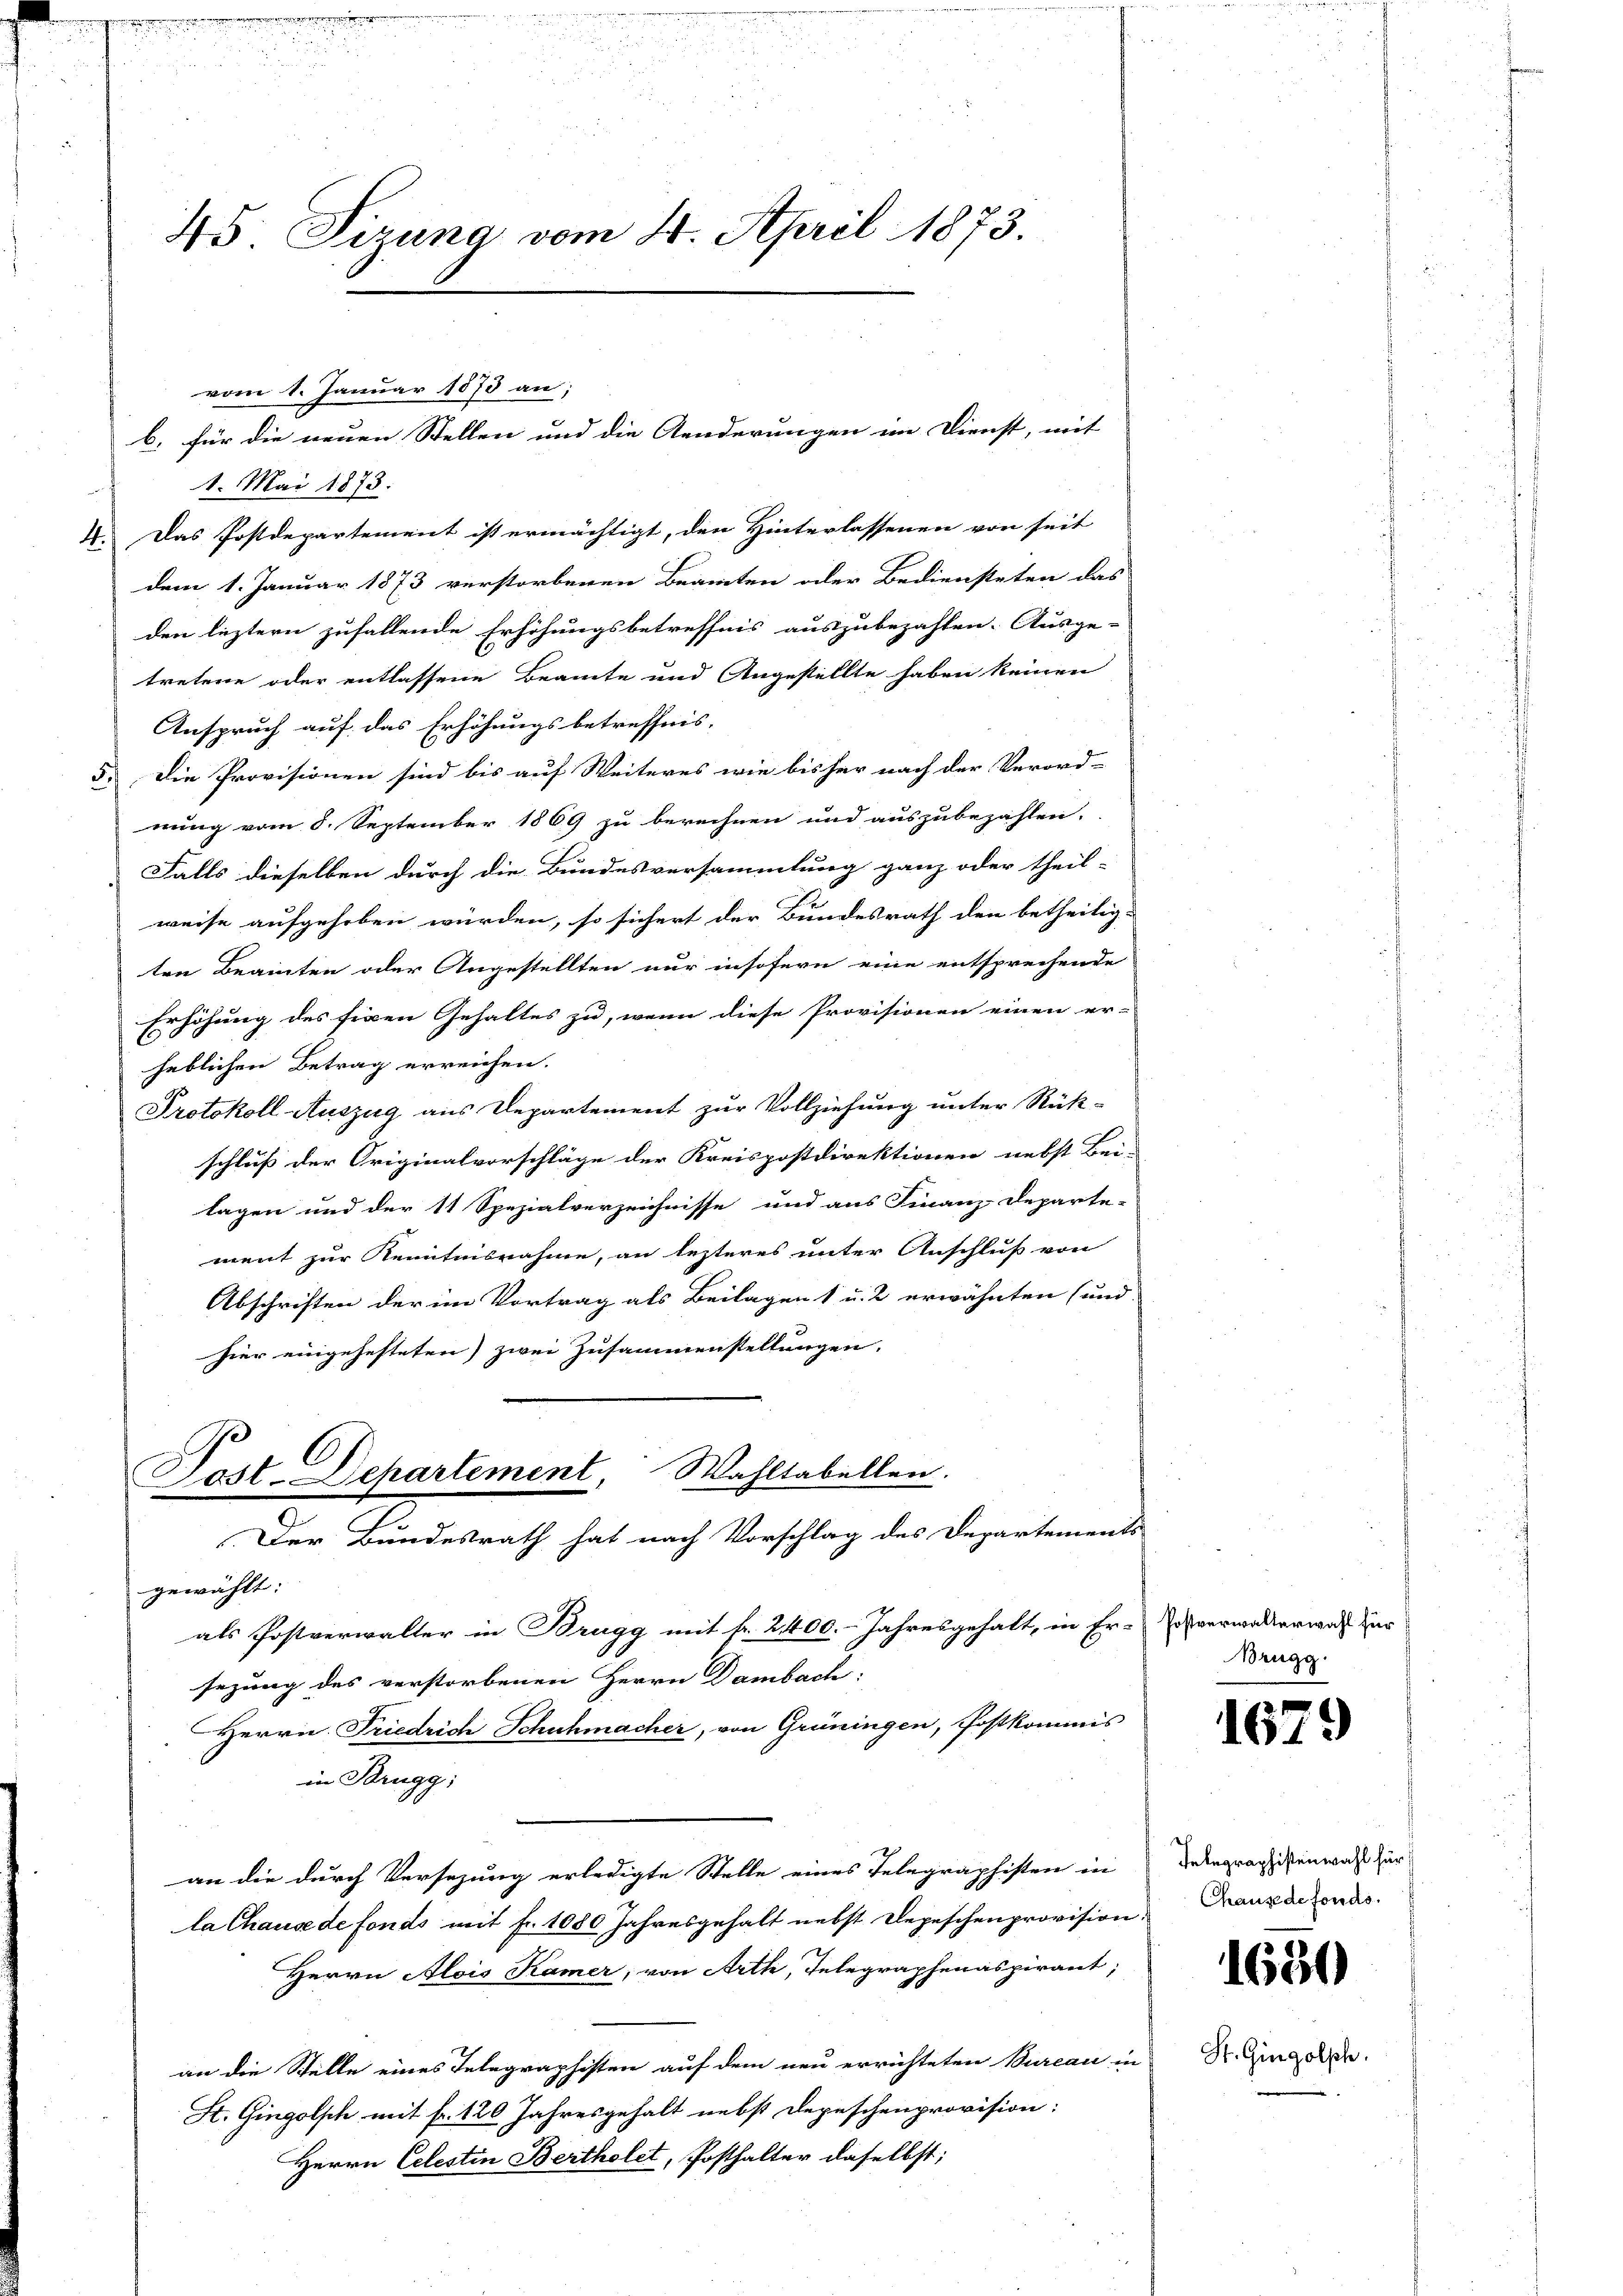
45 Sizung vom 24. April 1873

vom 1. Januar 1873 an;
1. Mai 1873.
4. Das Postdepartement ist ermächtigt, den Hinterlassenen von seit
dem 1. Januar 1873 verstorbenen Beamten oder Bediensteten das
den leztern zufallende Erhöhungsbetreffnis auszubezahlen. Ausge-
tretene oder entlassene Beamte und Angestellte haben keinen
Anspruch auf das Erhöhungsbetreffnis-
5. Die Provisionen sind bis auf Weiteres wie bisher nach der Verord-
nung vom 8. September 1869 zu berechnen und auszubezahlen.
Falls dieselben durch die Bundesversammlung ganz oder theil-
weise aufgehoben würden, so sichert der Bundesrath den betheilig-
ten Beamten oder Angestellten nur insofern eine entsprechende
Erhöhung des fixen Gehaltes zu, wenn diese Provisionen einen er-
heblichen Betrag erreichen.
Protokoll Auszug aus Departement zur Vollziehung unter Rück-
schluß der Originalvorschläge der Kreispostdirektionen nebst Bei-
lagen und der 11 Spezialverzeichnisse und aus Finanz-Departe-
ment zur Kenntnisnahme, an lezteres unter Anschluß von
Abschriften der im Vortrag als Beilagen 1 u. 2 erwähnten (und
hier eingehefteten zwei Zusammenstellungen.
Post-Departement Wahltabellen.
Der Bundesrath hat nach Vorschlag des Departements
gewählt:
als Postverwalter in Brugg mit fr. 2400. Jahresgehalt, in Er-
sezung des verstorbenen Herrn Dambach.
Herrn Friedrich Schuhmacher, von Grüningen, Postkommis
in Brugg,
an die durch Versezung erledigte Stelle eines Telegraphisten in
la Chause de fonds mit fr. 1080 Jahresgehalt nebst Depeschenprovision,
Herrn Alois Kamer, von Arth, Telegraphenaspirant,
an die Stelle eines Telegraphisten auf dem neu errichteten Bureau in
St. Gingolsch mit fr. 120 Jahresgehalt nebst Depeschenprovision:
Herrn Celestin Bertholet, Posthalter daselbst;

b. für die neuen Stellen und die Aenderungen im Dienst, mit

Postverwalterwahl für
Brugg.

16.

)

Telegraphistenwahl für
Chause de fonds.

1630

St. Gingolph.